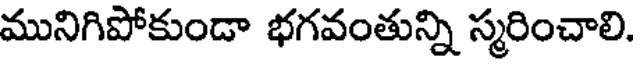
మునిగిపోకుండా భగవంతున్ని స్మరించాలి.